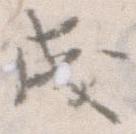
成